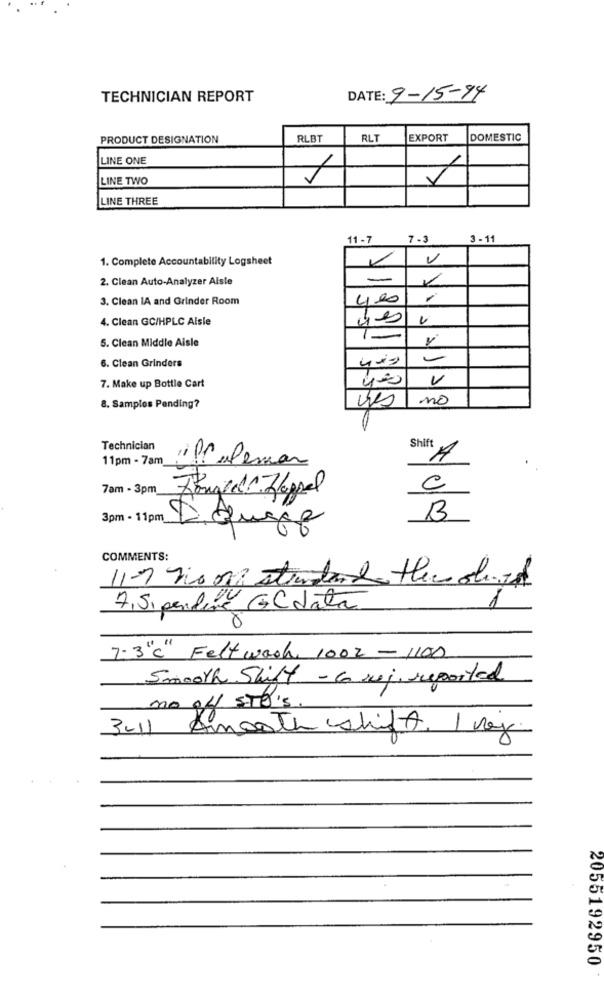
TECHNICIAN REPORT
DATE: 9-15-94
PRODUCT DESIGNATION
RLBT
RLT
EXPORT
DOMESTIC
LINE ONE
LINE TWO
LINE THREE
11 -7
7 -3
3 - 11
1. Complete Accountability Logsheet
V
2. Clean Auto-Analyzer Alsle
-
3. Clean IA and Grinder Room
400
4. Clean GC/HPLC Alsle
4
5. Clean Middle Aisle
6. Clean Grinders
7. Make up Bottle Cart
no
8. Samples Pending?
Technician
Shift
11pm - 7am
1) Pralemar
A
7am - 3pm
Finger Zappel
B
3pm - 11pm Equeje
COMMENTS:
11-7 Tison stundende Heusshift
7,Sipendere GCdata
0
7.3℃ Felt wash 1002 - 1100
Smooth Shift - co ruj reported
no of STO's.
3-11 Smooth shift. 1 maj
2055192950